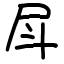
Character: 𡰷